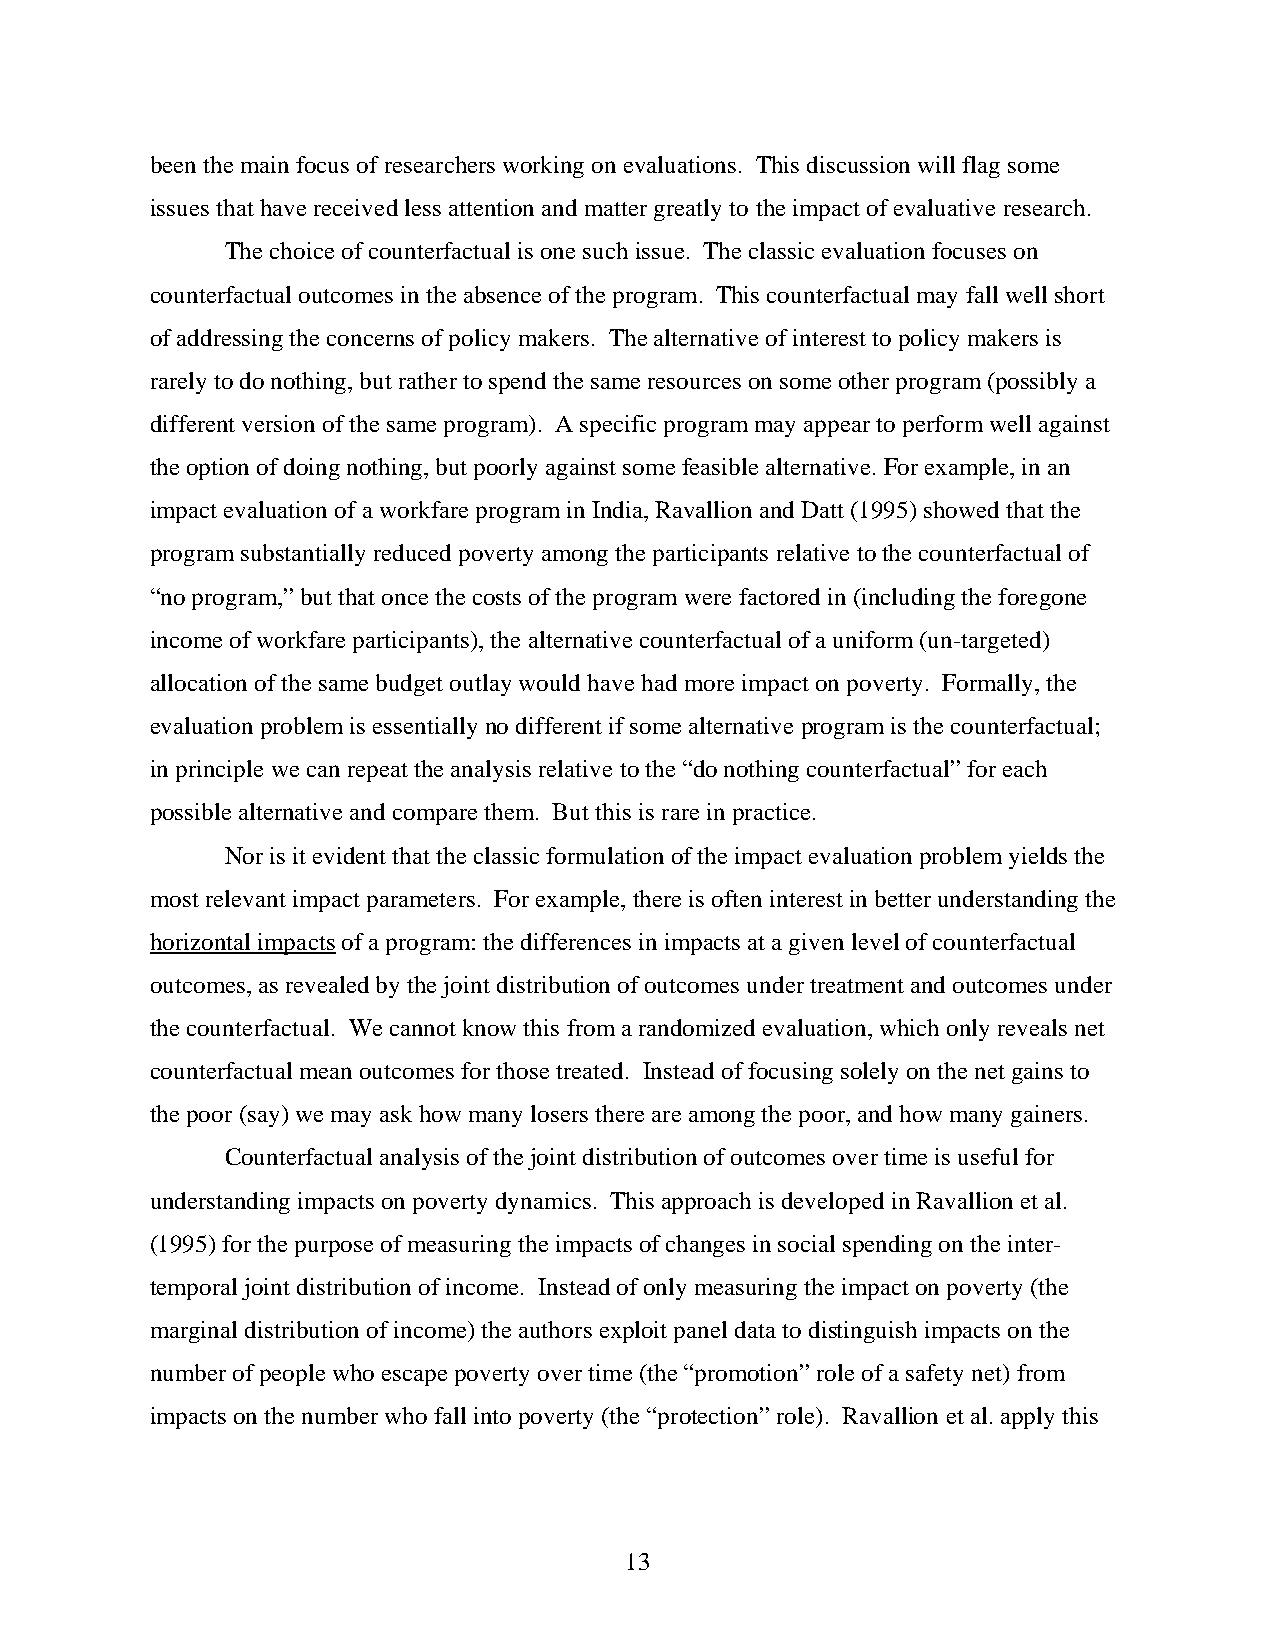
been the main focus of researchers working on evaluations. This discussion will flag some
 issues that have received less attention and matter greatly to the impact of evaluative research.
 The choice of counterfactual is one such issue. The classic evaluation focuses on
 counterfactual outcomes in the absence of the program. This counterfactual may fall well short
 of addressing the concerns of policy makers. The alternative of interest to policy makers is
 rarely to do nothing, but rather to spend the same resources on some other program (possibly a
 different version of the same program). A specific program may appear to perform well against
 the option of doing nothing, but poorly against some feasible alternative. For example, in an
 impact evaluation of a workfare program in India, Ravallion and Datt (1995) showed that the
 program substantially reduced poverty among the participants relative to the counterfactual of
 “no program,” but that once the costs of the program were factored in (including the foregone
 income of workfare participants), the alternative counterfactual of a uniform (un-targeted)
 allocation of the same budget outlay would have had more impact on poverty. Formally, the
 evaluation problem is essentially no different if some alternative program is the counterfactual;
 in principle we can repeat the analysis relative to the “do nothing counterfactual” for each
 possible alternative and compare them. But this is rare in practice.
 Nor is it evident that the classic formulation of the impact evaluation problem yields the
 most relevant impact parameters. For example, there is often interest in better understanding the
 horizontal impacts of a program: the differences in impacts at a given level of counterfactual
 outcomes, as revealed by the joint distribution of outcomes under treatment and outcomes under
 the counterfactual. We cannot know this from a randomized evaluation, which only reveals net
 counterfactual mean outcomes for those treated. Instead of focusing solely on the net gains to
 the poor (say) we may ask how many losers there are among the poor, and how many gainers.
 Counterfactual analysis of the joint distribution of outcomes over time is useful for
 understanding impacts on poverty dynamics. This approach is developed in Ravallion et al.
 (1995) for the purpose of measuring the impacts of changes in social spending on the inter-
 temporal joint distribution of income. Instead of only measuring the impact on poverty (the
 marginal distribution of income) the authors exploit panel data to distinguish impacts on the
 number of people who escape poverty over time (the “promotion” role of a safety net) from
 impacts on the number who fall into poverty (the “protection” role). Ravallion et al. apply this
 13